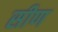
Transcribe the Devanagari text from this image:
सीण